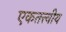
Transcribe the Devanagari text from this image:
एकतत्त्वीय